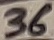
Text: 36